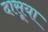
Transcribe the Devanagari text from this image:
दासूया